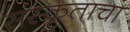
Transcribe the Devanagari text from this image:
संस्कृताचा